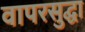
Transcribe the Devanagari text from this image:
वापरसुद्घा